Civil Veterinary Department. Central Provinces & Berar 1932-41 - 1932-1941
Year: 1932
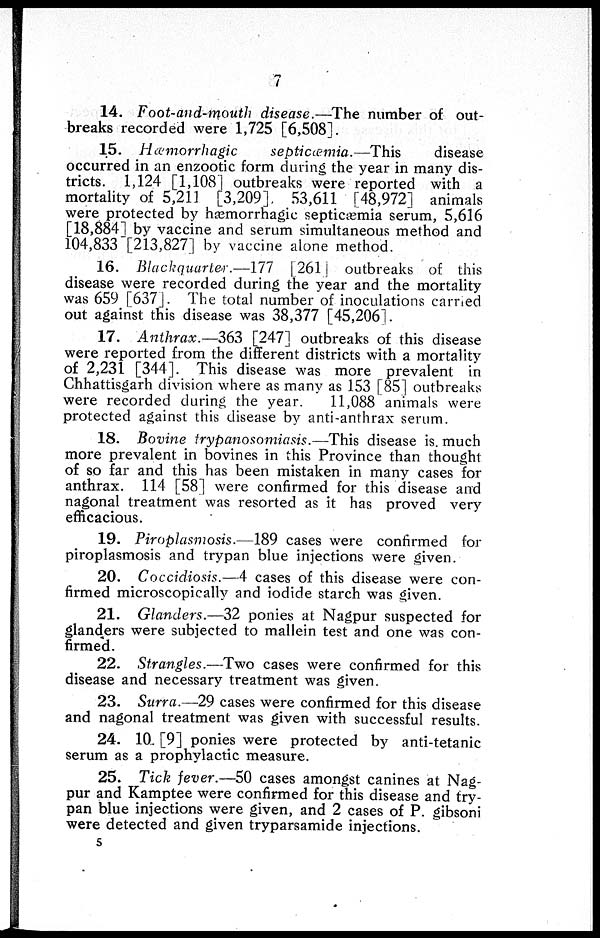
7
14. Foot-and-mouth disease.—The number of out-
breaks recorded were 1,725 [6,508].
15. Hæmorrhagic
septicæmia.—This
disease
occurred in an enzootic form during the year in many dis-
tricts. 1,124 [1,108] outbreaks were reported with a
mortality of 5,211 [3,209]. 53,611 [48,972] animals
were protected by hæmorrhagic septicæmia serum, 5,616
[18,884] by vaccine and serum simultaneous method and
104,833 [213,827] by vaccine alone method.
16. Bluckquarter.—177 [ 261 ] outbreaks of this
disease were recorded during the year and the mortality
was 659 [637]. The total number of inoculations carried
out against this disease was 38,377 [45,206].
17. Anthrax.—363 [247] outbreaks of this disease
were reported from the different districts with a mortality
of 2,231 [344]. This disease was more prevalent in
Chhattisgarh division where as many as 153 [85] outbreaks
were recorded during the year.
11,088 animals were
protected against this disease by anti-anthrax serum.
18. Bovine trypanosomiasis.—This disease is. much
more prevalent in bovines in this Province than thought
of so far and this has been mistaken in many cases for
anthrax. 114 [58] were confirmed for this disease and
nagonal treatment was resorted as it has proved very
efficacious.
19. Piroplasmosis.—189 cases were confirmed for
piroplasmosis and trypan blue injections were given.
20. Coccidiosis.—4 cases of this disease were con-
firmed microscopically and iodide starch was given.
21. Glanders.—32 ponies at Nagpur suspected for
glanders were subjected to mallein test and one was con-
firmed.
22. Strangles.—Two cases were confirmed for this
disease and necessary treatment was given.
23. Surra.—29 cases were confirmed for this disease
and nagonal treatment was given with successful results.
24. 10. [9] ponies were protected by anti-tetanic
serum as a prophylactic measure.
25. Tick fever.—50 cases amongst canines at Nag-
pur and Kamptee were confirmed for this disease and try-
pan blue injections were given, and 2 cases of P. gibsoni
were detected and given tryparsamide injections.
5